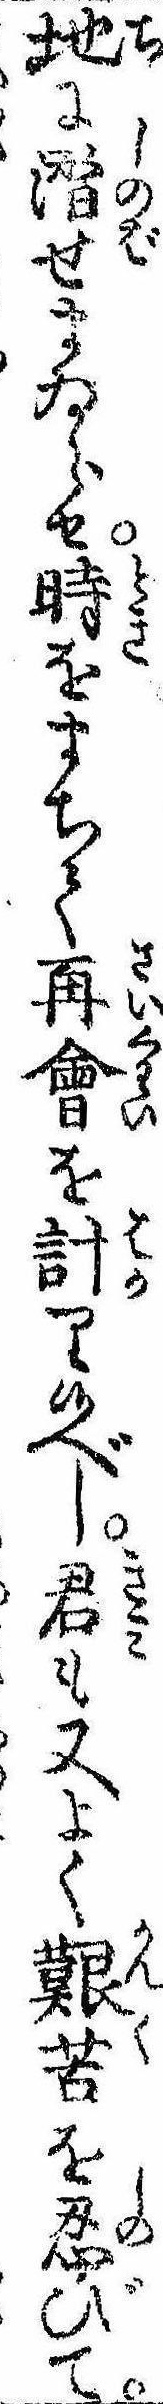
地に潜せまゐらせ時をまちて再会を計り候べし君も又よく艱苦を忍びて